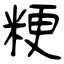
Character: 粳